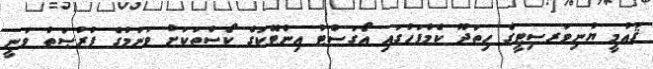
ޤައުމީ ޔުނިވަރސިޓީގެ ހިތަދޫ ކެމްޕަހުގައި އޯގަސްޓު އިންޓޭކުގެ ކޯސްތަކަށް ވަނުމުގެ ފުރުޞަތު ވަނީ